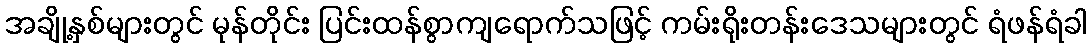
အချို့နှစ်များတွင် မုန်တိုင်း ပြင်းထန်စွာကျရောက်သဖြင့် ကမ်းရိုးတန်းဒေသများတွင် ရံဖန်ရံခါ